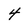
Character: 4